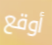
أوقع